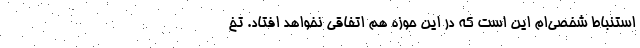
استنباط شخصی‌ام این است که در این حوزه هم اتفاقی نخواهد افتاد. تخ